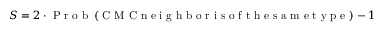
S = 2 \cdot \mathrm { ~ P ~ r ~ o ~ b ~ } \left( \mathrm { ~ C ~ M ~ C ~ n ~ e ~ i ~ g ~ h ~ b ~ o ~ r ~ i ~ s ~ o ~ f ~ t ~ h ~ e ~ s ~ a ~ m ~ e ~ t ~ y ~ p ~ e ~ } \right) - 1